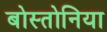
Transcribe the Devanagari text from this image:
बोस्तोनिया